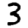
Digit: 3